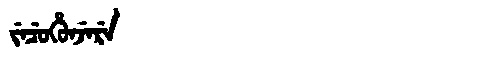
Manchu: ᠵᡝᠴᡠᡥᡠᠨᠵᡝᡵᡝ
Romanization: JECUHUNJERE